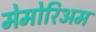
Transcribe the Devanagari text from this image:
मेमोरिअम